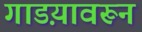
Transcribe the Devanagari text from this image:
गाडय़ावरून